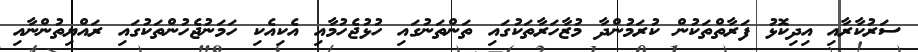
ސަރުކާރާއި އިދިކޮޅު ފަރާތްތަކުން ކުރަމުންދާ މުޒާހަރާތަކުގައި ތަންތަނުގައި ހުޅުޖެހުމާއި އެކިއެކި ހަމަނުޖެހުންތަކުގައި ރައްޔިތުންނާއި